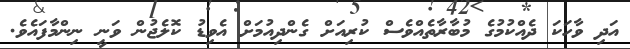
އަދި ވާހަކަ ދެއްކުމުގެ މުބާރާތެއްވެސް ކުރިއަށް ގެންދިއުމަށް އެވިޑު ކޮލެޖުން ވަނީ ނިންމާފައެވެ.